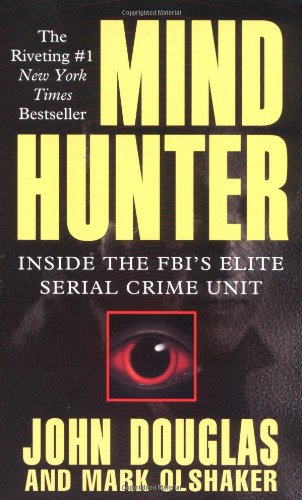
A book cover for Mind Hunter: Inside the FBI's Elite Serial Crime Unit; John Douglas; Literature & Fiction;